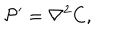
{ \cal P } ^ { \prime } = { \nabla ^ { 2 } } C ,